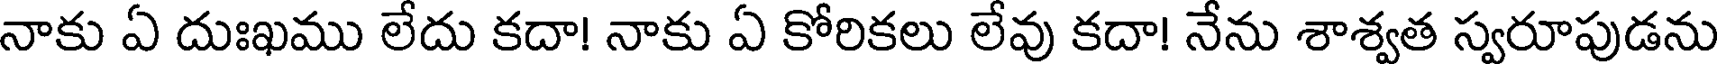
నాకు ఏ దుఃఖము లేదు కదా! నాకు ఏ కోరికలు లేవు కదా! నేను శాశ్వత స్వరూపుడను